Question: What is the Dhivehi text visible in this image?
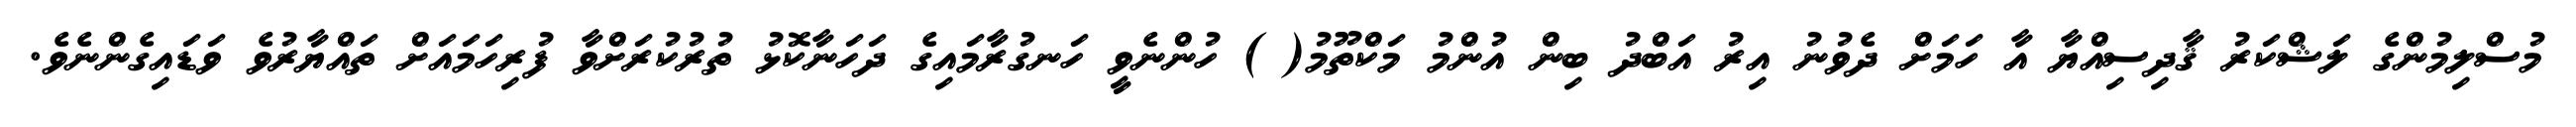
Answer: މުސްލިމުންގެ ލަޝްކަރު ޤާދިސިއްޔާ އާ ހަމަށް ދެވުނު އިރު އަބްދު ބިން އުންމު މަކްތޫމު( ) ހުންނެވީ ހަނގުރާމައިގެ ދަހަނާކޮޅު ތުރުކުރަށްވާ ފުރިހަމައަށް ތައްޔާރުވެ ވަޑައިގެންނެވެ.